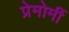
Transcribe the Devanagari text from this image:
प्रेमोर्मी